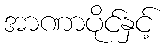
အာဏာပိုင်နှင့်